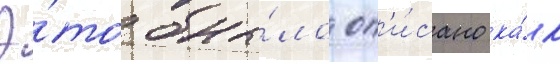
Э́то бы́ло оп'и́сано ка́к